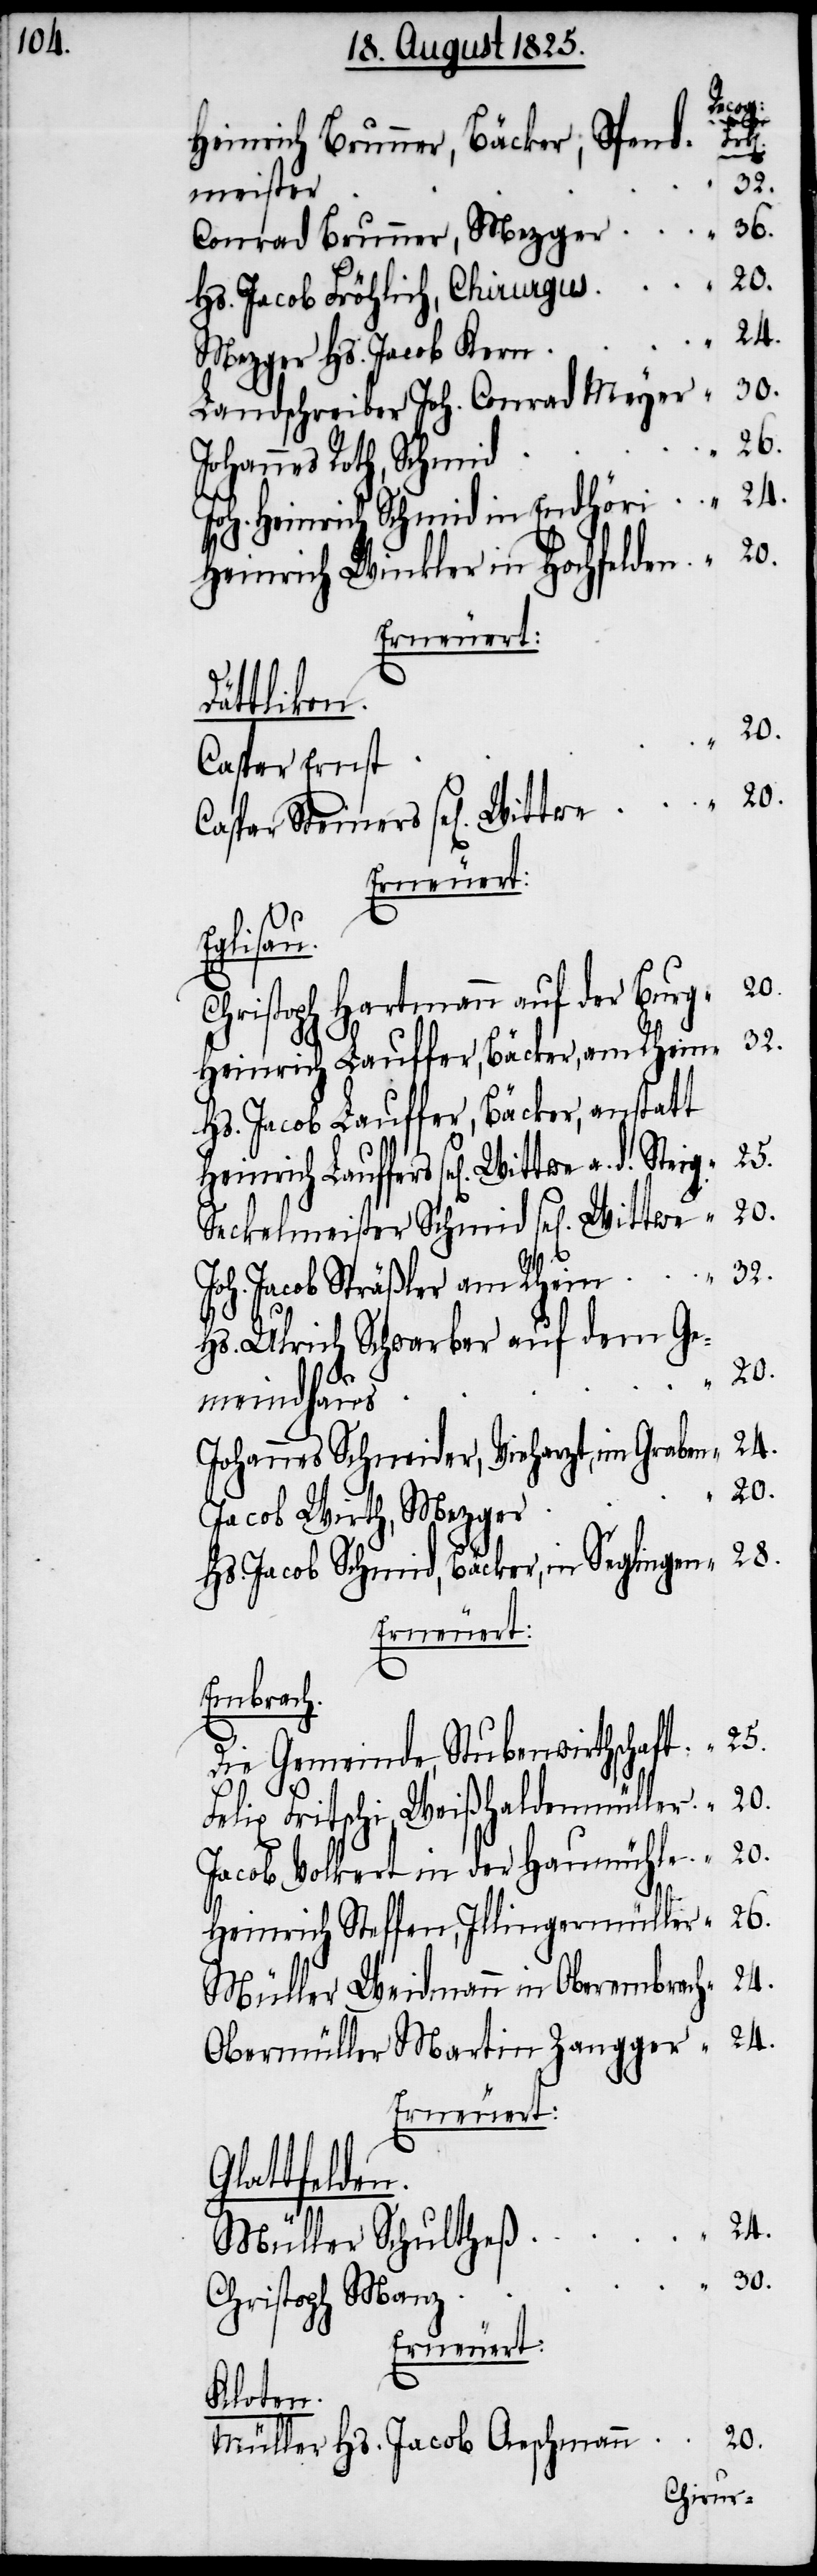
z	“	30.
rich
Heinrich Brunner, Bäcker, Spend¬
meister
Conrad Brunner, Mezger	“	36.
Hs. Jacob Fröhlich, Chirurgus	“	20.
Mezger Hs. Jacob Ker¬
Landschreiber Joh. Conrad Meyer	“	30.
d	“	26.
Johannes Roth, Schmi¬
n	“	24.
Joh. Heinrich Schmid in Endhör¬
Heinrich Winkler in Hochfelden	“	20.
Erneuert:
Dättlikon.
r	“	20.
Caspar Steiners sel[igen]
Erneuert:
Eglisau.
Christoph Hartmann auf der Burg	“	20.
Heinrich Lauffer, Bäcker, am Rhein	“	32.
Hs. Jacob Lauffer, Bäcker, anstatt
Joh. Jacob Sträßler am Rhei¬
Hs. Ulrich Schwarber auf dem Ge¬
d.
meindhau¬
Johannes Schneider, Vieharzt, im Grabe	“	24.
Jacob Wirth, Mezge¬
Hs. Jacob Schmid, Bäcker, in Seglingen	“	28.
Erneuert:
Embrach.
Die Gemeinde, Stubenwirthschaft	“	25.
Felix Fritschi, Weißhaldenmüller	“	20.
Jacob Vollert in der Baumühle	“	20.
Heinrich Steffen, Illingermüller	“	26.
Müller Weidmann in Oberembrach	“	24.
Obermüller Martin Zangger	“	24.
Erneuert:
Glattfelden.
Müller Schultheß	“	24.
Christoph Man¬
Kloten.
Müller Hs. Jacob Aeschmann	“	20.